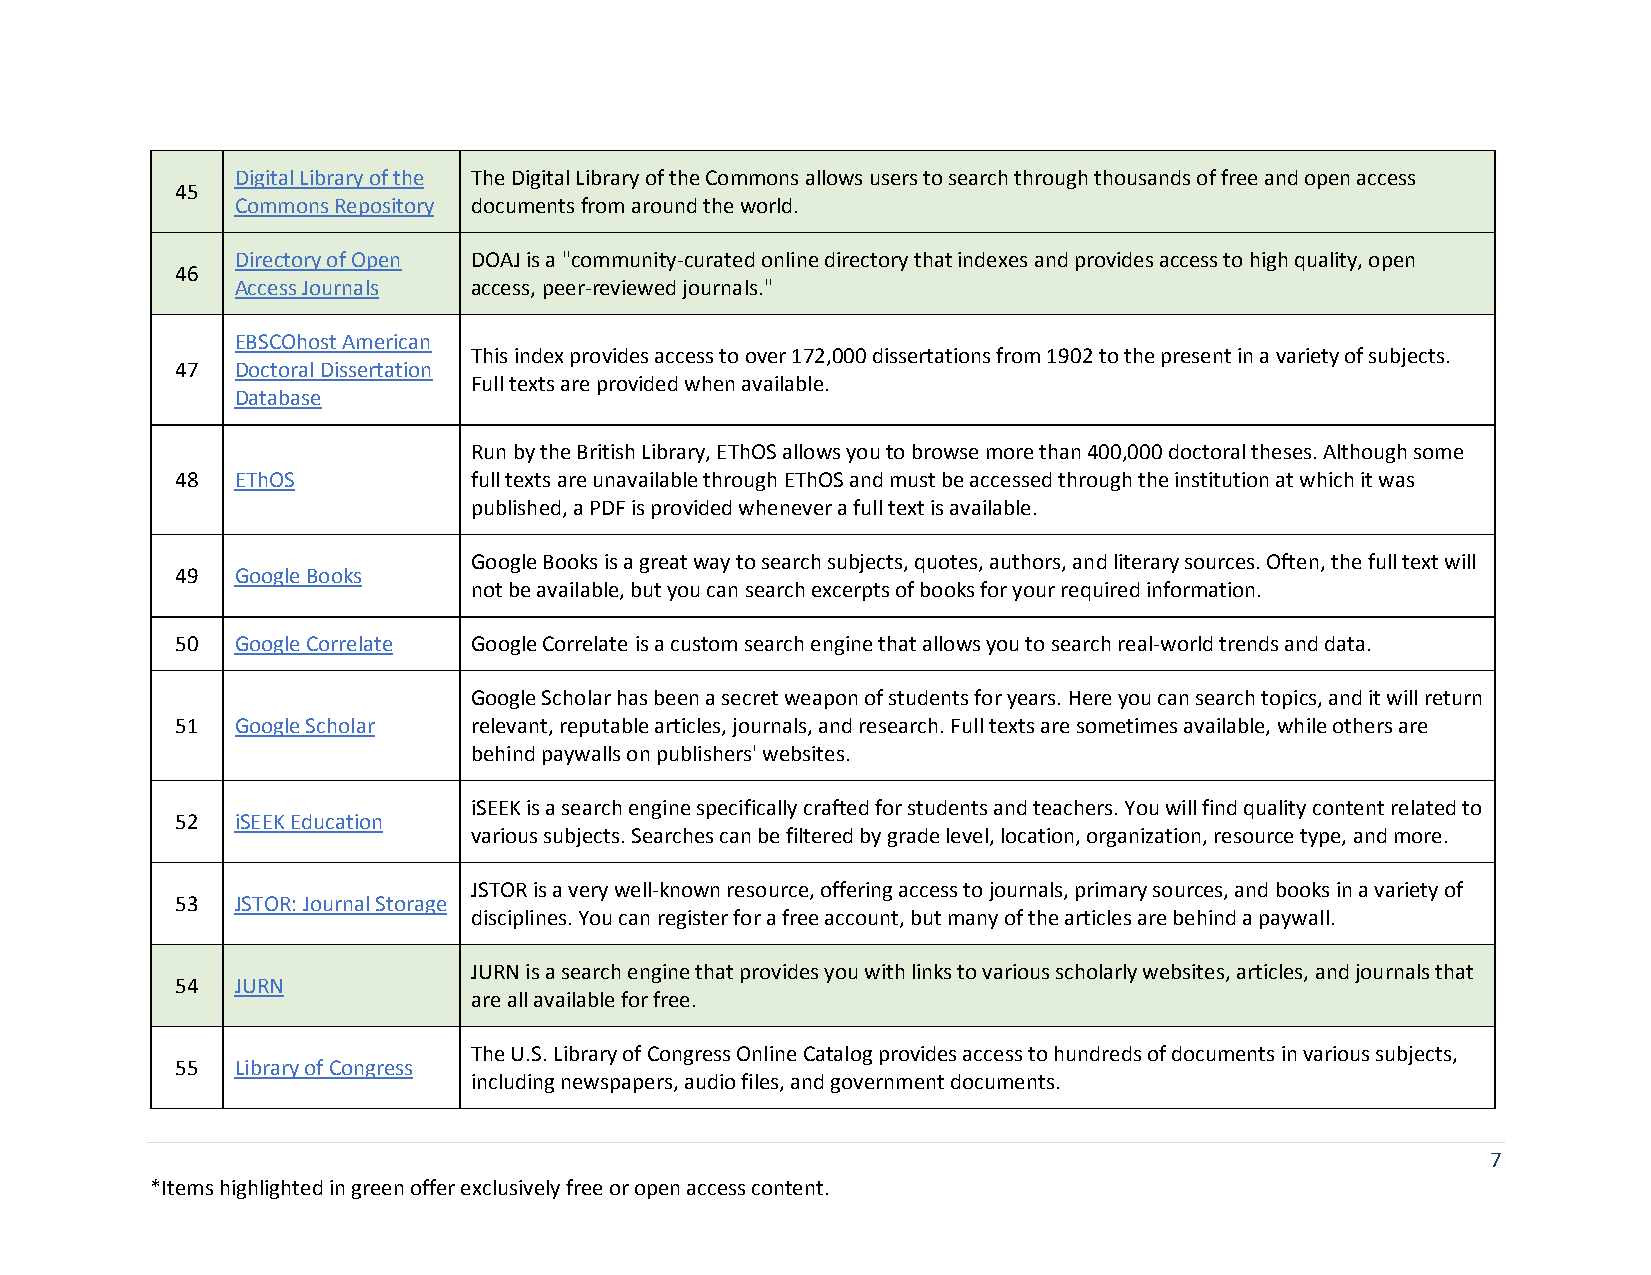
Digital Library of the The Digital Library of the Commons allows users to search through thousands of free and open access
 45
 Commons Repository documents from around the world.
 Directory of Open DOAJ is a "community-curated online directory that indexes and provides access to high quality, open
 46
 Access Journals access, peer-reviewed journals."
 EBSCOhost American
 This index provides access to over 172,000 dissertations from 1902 to the present in a variety of subjects.
 47  Doctoral Dissertation
 Full texts are provided when available.
 Database
 Run by the British Library, EThOS allows you to browse more than 400,000 doctoral theses. Although some
 48  EThOS          full texts are unavailable through EThOS and must be accessed through the institution at which it was
 published, a PDF is provided whenever a full text is available.
 Google Books is a great way to search subjects, quotes, authors, and literary sources. Often, the full text will
 49  Google Books
 not be available, but you can search excerpts of books for your required information.
 50  Google Correlate Google Correlate is a custom search engine that allows you to search real-world trends and data.
 Google Scholar has been a secret weapon of students for years. Here you can search topics, and it will return
 51  Google Scholar relevant, reputable articles, journals, and research. Full texts are sometimes available, while others are
 behind paywalls on publishers' websites.
 iSEEK is a search engine specifically crafted for students and teachers. You will find quality content related to
 52  iSEEK Education
 various subjects. Searches can be filtered by grade level, location, organization, resource type, and more.
 JSTOR is a very well-known resource, offering access to journals, primary sources, and books in a variety of
 53  JSTOR: Journal Storage
 disciplines. You can register for a free account, but many of the articles are behind a paywall.
 JURN is a search engine that provides you with links to various scholarly websites, articles, and journals that
 54  JURN
 are all available for free.
 The U.S. Library of Congress Online Catalog provides access to hundreds of documents in various subjects,
 55  Library of Congress
 including newspapers, audio files, and government documents.
 7
 *Items highlighted in green offer exclusively free or open access content.